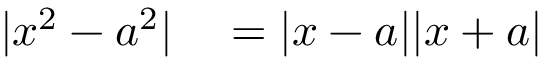
\begin{array} { r l } { | x ^ { 2 } - a ^ { 2 } | } & { { } = | x - a | | x + a | } \end{array}